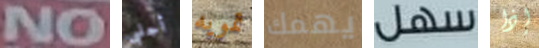
NO أجلبي تمويه يهمك سهل إذا